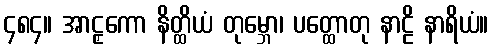
၄၈၄။ အာဠှကော နိတ္ထိယံ တုမ္ဘော၊ ပတ္ထောတု နာဠိ နာရိယံ။